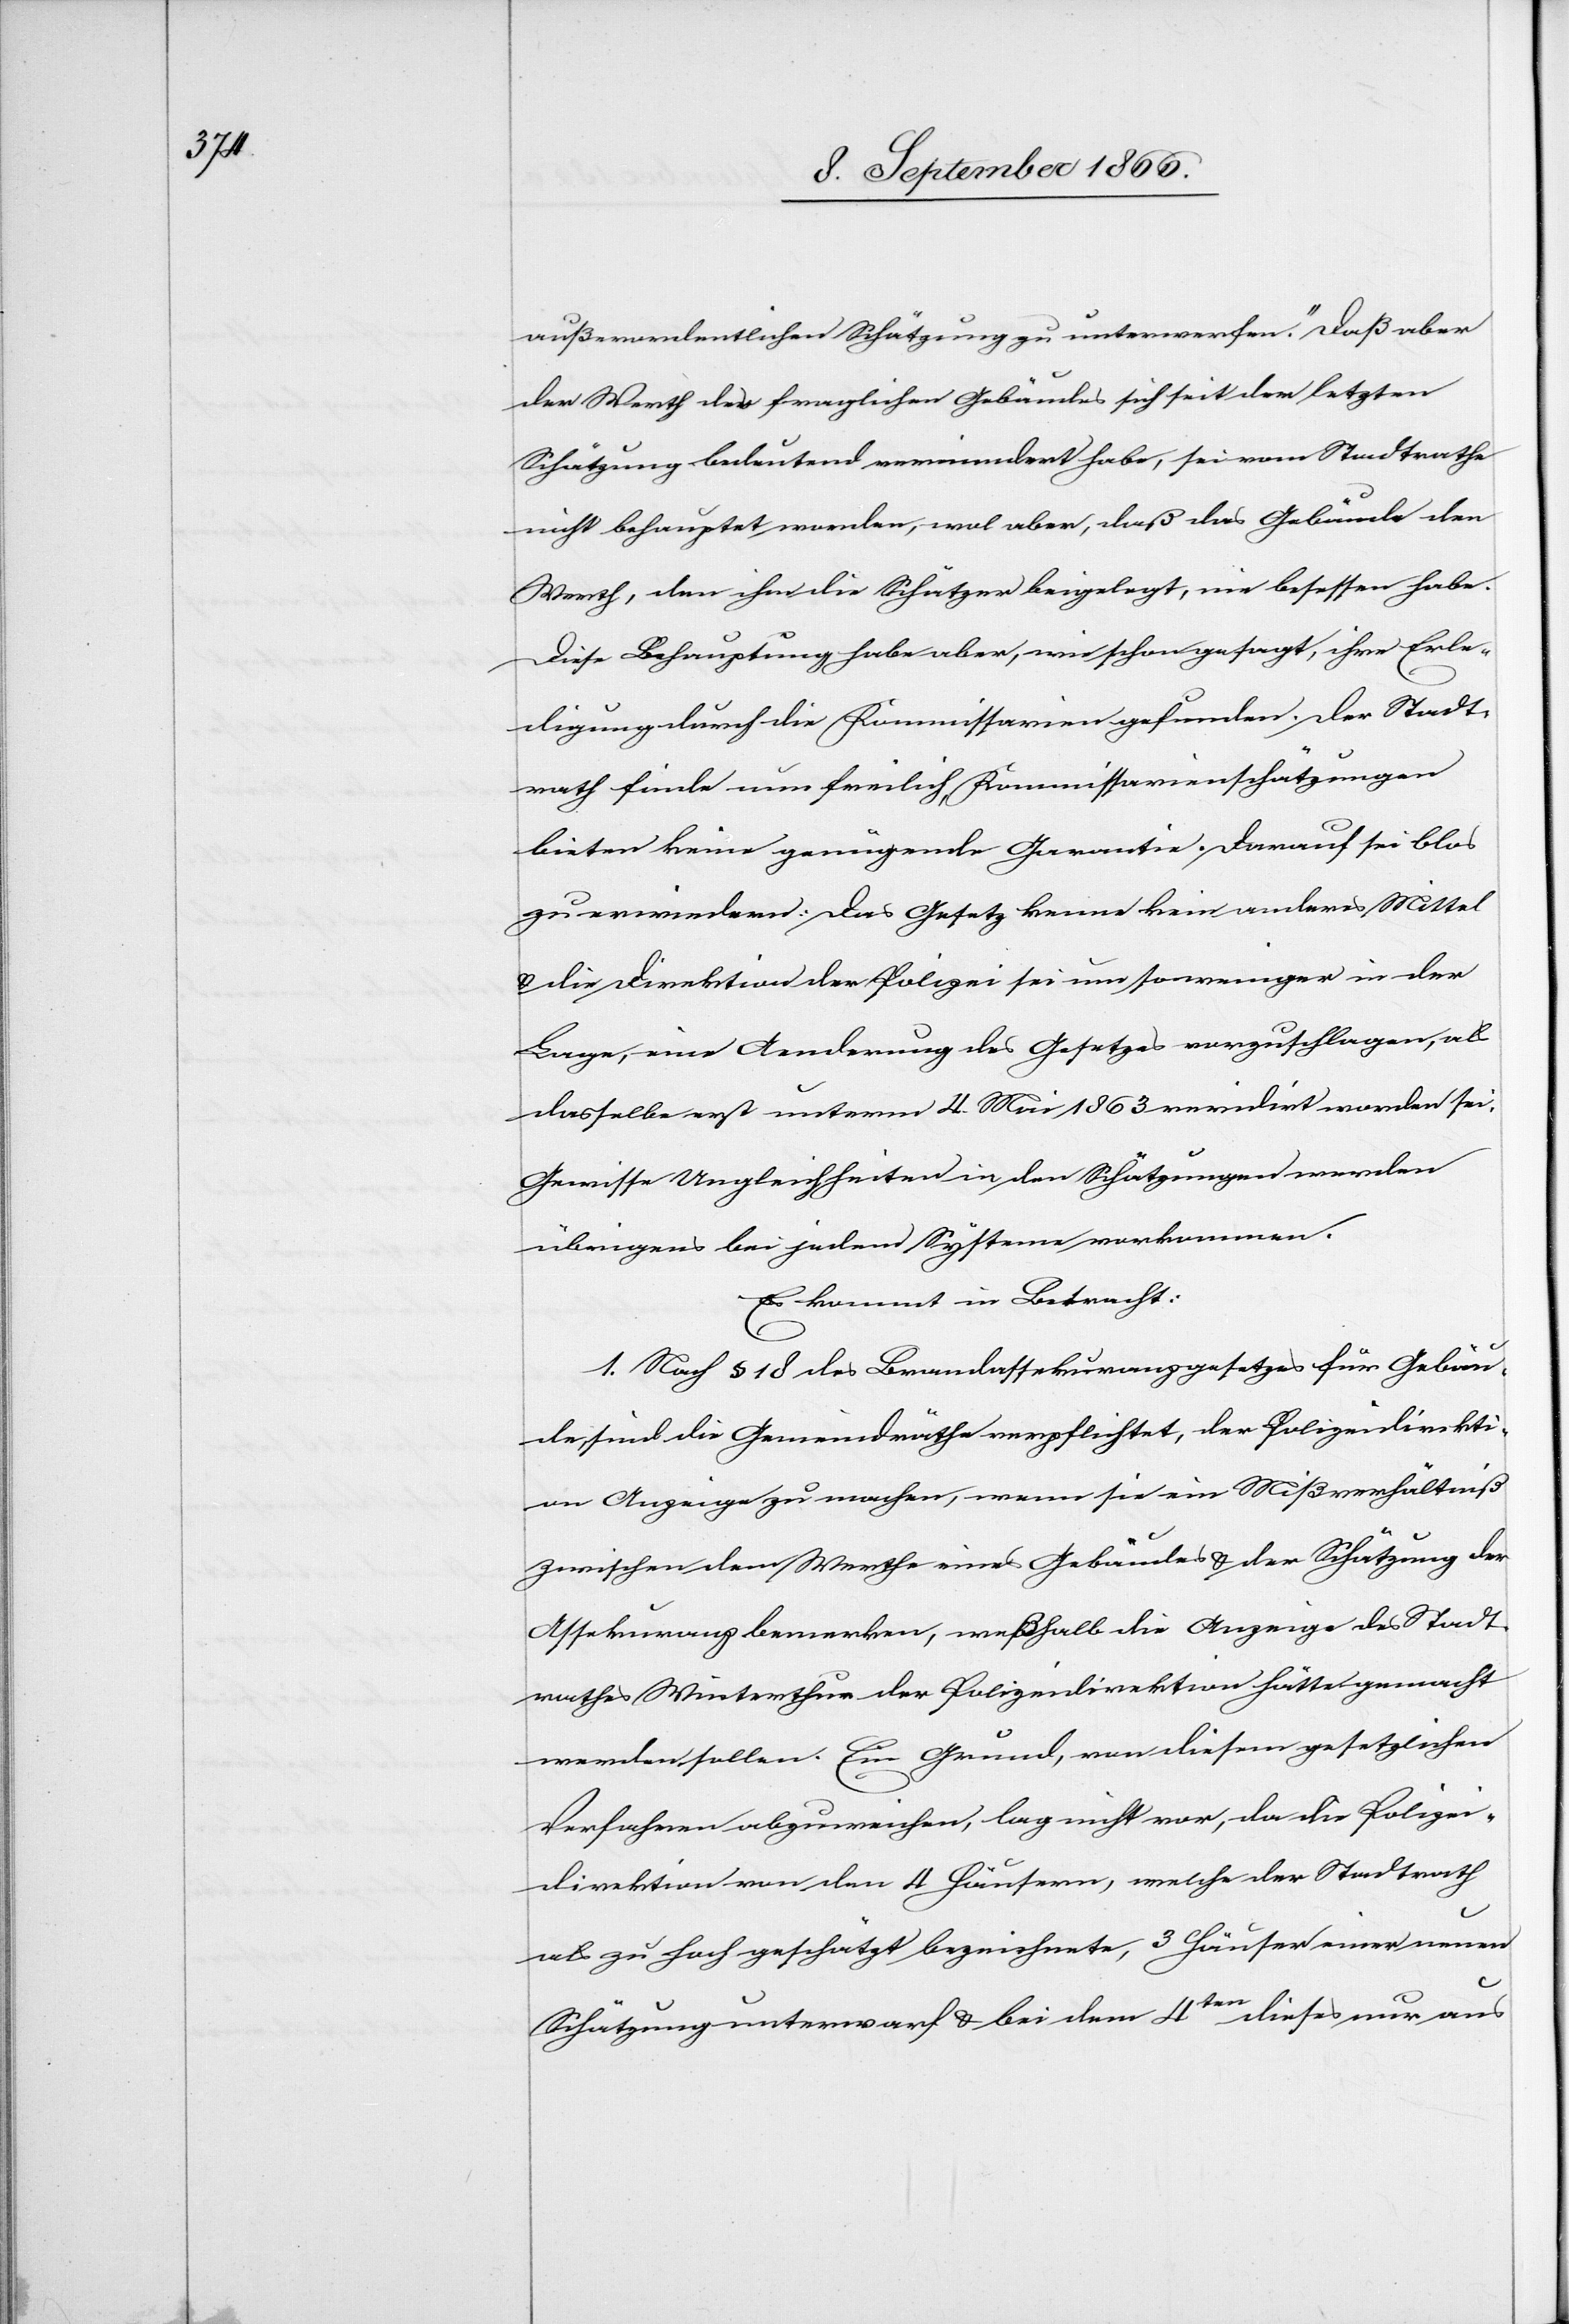
außerordentlichen Schätzung zu unterwerfen.“ Daß aber
der Werth des fraglichen Gebäudes sich seit der letzten
Schätzung bedeutend vermindert habe, sei vom Stadtrathe
nicht behauptet worden, wol aber, daß das Gebäude den
Werth, den ihm die Schätzer beigelegt, nie besessen habe.
Diese Behauptung habe aber, wie schon gesagt, ihre Erle¬
digung durch die Kommissarien gefunden. Der Stadt¬
rath finde nun freilich, Kommissarienschätzungen
bieten keine genügende Garantie. Darauf sei blos
zu erwiedern: Das Gesetz kenne kein anderes Mittel
u. die Direktion der Polizei sei um so weniger in der
Lage, eine Aenderung des Gesetzes vorzuschlagen, als
dasselbe erst unterm 4. Mai 1863 revidirt worden sei.
Gewisse Ungleichheiten in den Schatzungen werden
übrigens bei jedem System vorkommen.
Es kommt in Betracht:
1. Nach § 18 des Brandassekuranzgesetzes für Gebäu¬
de, sind die Gemeindräthe verpflichtet, der Polizeidirekti¬
on Anzeige zu machen, wenn sie ein Mißverhältniß
zwischen dem Werthe eines Gebäudes u. der Schätzung der
Assekuranz bemerken, weßhalb die Anzeige des Stadt¬
rathes Winterthur der Polizeidirektion hätte gemacht
werden sollen. Ein Grund, von diesem gesetzlichen
Verfahren abzuweichen, lag nicht vor, da die Polizei¬
direktion von den 4 Häusern, welche der Stadtrath
als zu hoch geschätzt bezeichnete, 3 Häuser einer neuen
Schätzung unterwarf u. bei dem 4ten diese nur aus